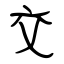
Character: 交